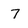
Character: 7